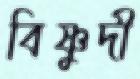
বিষ্ণুদী